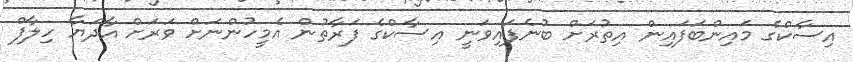
އިސާކްގެ މައިންބަފައިން އިތުރަށް ބުނެފައިވަނީ އިސާކްގެ ފަރާތުން އެމީހުންނަށް ވަރަށް އާދަޔާ ހިލާފް